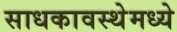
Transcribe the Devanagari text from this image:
साधकावस्थेमध्ये